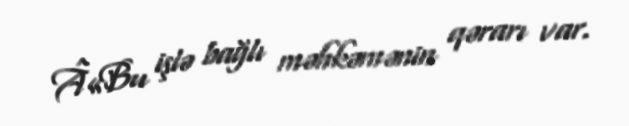
Â«Bu işlə bağlı məhkəmənin qərarı var.